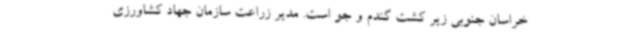
خراسان جنوبی زیر کشت گندم و جو است. مدیر زراعت سازمان جهاد کشاورزی